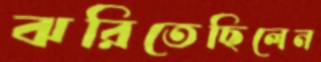
ঝরিতেছিলেন